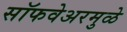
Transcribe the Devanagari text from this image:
सॉफवेअरमुळे